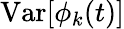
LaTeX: \mathrm{Var}[\phi_{k}(t)]